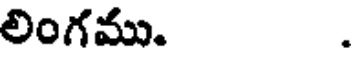
లింగము. .